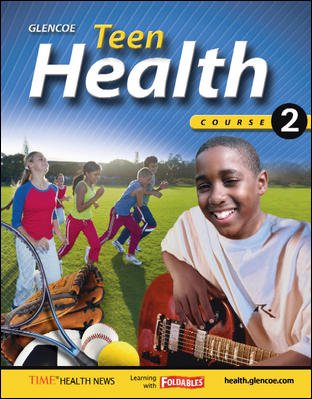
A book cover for Glencoe Health 2 0078697646 Teacher Wraparound Edition ISBN: 9780078697647; Glencoe; Health, Fitness & Dieting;